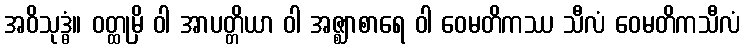
အဝိသုဒ္ဓံ။ ဝတ္ထုမှိ ဝါ အာပတ္တိယာ ဝါ အဇ္ဈာစာရေ ဝါ ဝေမတိကဿ သီလံ ဝေမတိကသီလံ